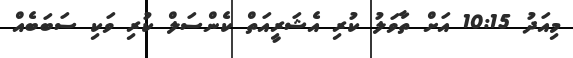
މިއަދު 10:15 އަށް ތާވަލު ކުރި އެޝަރީއަތް ކެންސަލް ކުރި ވަކި ސަބަބެއް